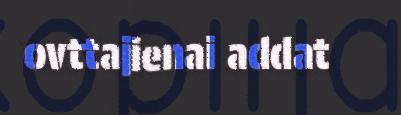
ovttajienai addat